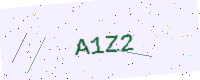
Text: A1Z2